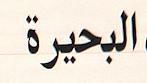
البحيرة